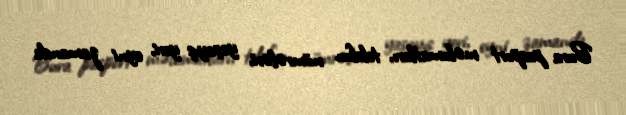
Bura pasport məlumatları, telefon nömrələri, yaşayış yeri, eyni zamanda